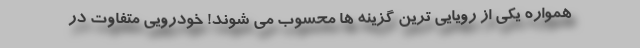
همواره یکی از رویایی ترین گزینه ها محسوب می شوند! خودرویی متفاوت در